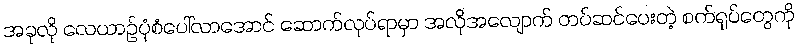
အခုလို လေယာဉ်ပုံစံပေါ်လာအောင် ဆောက်လုပ်ရာမှာ အလိုအလျောက် တပ်ဆင်ပေးတဲ့ စက်ရုပ်တွေကို